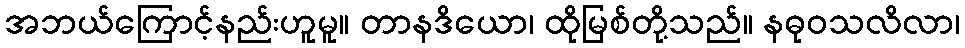
အဘယ်ကြောင့်နည်းဟူမူ။ တာနဒိယော၊ ထိုမြစ်တို့သည်။ နဓုဝသလိလာ၊